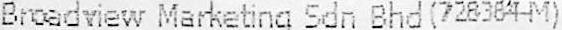
BROADVIEW MARKETING SDN BHD(728384-M)